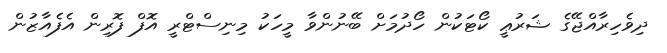
ދިވެހިރާއްޖޭގެ ޝަރުޢީ ކޯޓަކުން ހޯދުމަށް ބޭނުންވާ މީހަކު މިނިސްޓްރީ އޮފް ފޮރިން އެފެއާޒުން